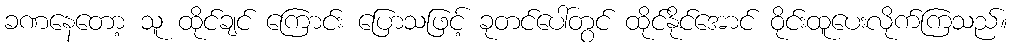
ခဏနေတော့ သူ ထိုင်ချင် ကြောင်း ပြောသဖြင့် ခုတင်ပေါ်တွင် ထိုင်နိုင်အောင် ဝိုင်းထူပေးလိုက်ကြသည်။